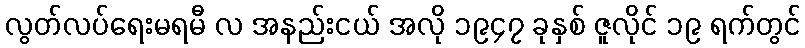
လွတ်လပ်ရေးမရမီ လ အနည်းငယ် အလို ၁၉၄၇ ခုနှစ် ဇူလိုင် ၁၉ ရက်တွင်